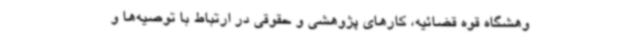
وهشگاه قوه قضائیه، کارهای پژوهشی و حقوقی در ارتباط با توصیه‌ها و